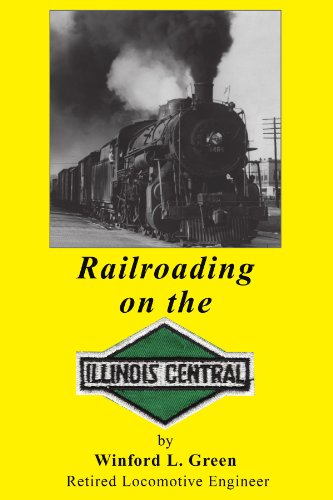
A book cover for Railroading on the Illinois Central; Winford L Green; Biographies & Memoirs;